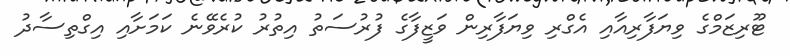
ޓޫރިޒަމްގެ ވިޔަފާރިއާއި އެގްރި ވިޔަފާރިން ވަޒީފާގެ ފުރުސަތު އިތުރު ކުރެވޭނެ ކަމަށާއި އިގްތިސާދު